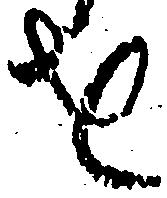
を